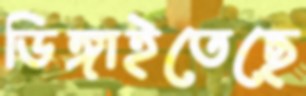
ডিঙ্গাইতেছে